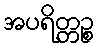
အပရိတ္တဉ္စ